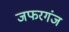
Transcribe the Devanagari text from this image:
जफरगंज